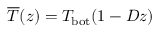
\overline { { T } } ( z ) = T _ { \mathrm { b o t } } ( 1 - D z )